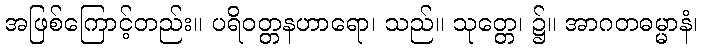
အဖြစ်ကြောင့်တည်း။ ပရိဝတ္တနဟာရော၊ သည်။ သုတ္တေ၊ ၌။ အာဂတဓမ္မာနံ၊